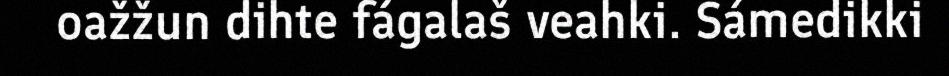
oažžun dihte fágalaš veahki. Sámedikki